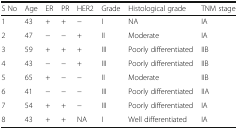
<table><thead><tr><td><b>S No</b></td><td><b>Age</b></td><td><b>ER</b></td><td><b>PR</b></td><td><b>HER2</b></td><td><b>Grade</b></td><td><b>Histological grade</b></td><td><b>TNM stage</b></td></tr></thead><tbody><tr><td>1</td><td>43</td><td>+</td><td>+</td><td>−</td><td>I</td><td>NA</td><td>IA</td></tr><tr><td>2</td><td>47</td><td>−</td><td>−</td><td>+</td><td>II</td><td>Moderate</td><td>IA</td></tr><tr><td>3</td><td>59</td><td>+</td><td>+</td><td>+</td><td>III</td><td>Poorly differentiated</td><td>IIB</td></tr><tr><td>4</td><td>43</td><td>−</td><td>−</td><td>+</td><td>III</td><td>Poorly differentiated</td><td>IIB</td></tr><tr><td>5</td><td>65</td><td>+</td><td>−</td><td>−</td><td>II</td><td>Moderate</td><td>IIB</td></tr><tr><td>6</td><td>41</td><td>−</td><td>−</td><td>−</td><td>III</td><td>Poorly differentiated</td><td>IIA</td></tr><tr><td>7</td><td>54</td><td>+</td><td>+</td><td>−</td><td>III</td><td>Poorly differentiated</td><td>IA</td></tr><tr><td>8</td><td>43</td><td>+</td><td>+</td><td>NA</td><td>I</td><td>Well differentiated</td><td>IA</td></tr></tbody></table>